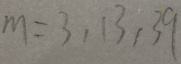
m = 3 , 1 3 , 3 9